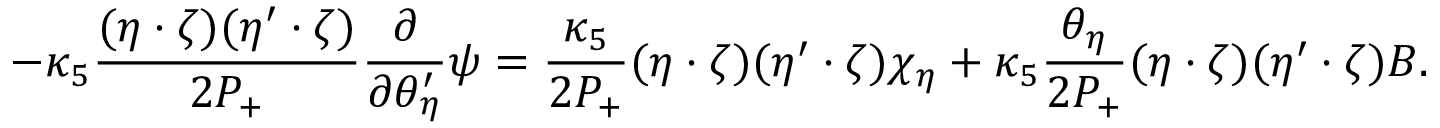
- \kappa _ { 5 } \frac { ( \eta \cdot \zeta ) ( \eta ^ { \prime } \cdot \zeta ) } { 2 P _ { + } } \frac { \partial } { \partial \theta _ { \eta } ^ { \prime } } \psi = \frac { \kappa _ { 5 } } { 2 P _ { + } } ( \eta \cdot \zeta ) ( \eta ^ { \prime } \cdot \zeta ) \chi _ { \eta } + \kappa _ { 5 } \frac { \theta _ { \eta } } { 2 P _ { + } } ( \eta \cdot \zeta ) ( \eta ^ { \prime } \cdot \zeta ) B .